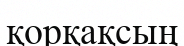
қорқақсың